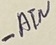
Text: -ATN